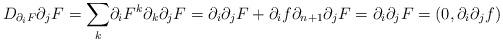
LaTeX: \begin{align*}D_{\partial_{i}F}\partial_{j}F=\underset{k}{\sum}\partial_{i}F^{k}\partial_{k}\partial_{j}F=\partial_{i}\partial_{j}F+\partial_{i}f\partial_{n+1}\partial_{j}F=\partial_{i}\partial_{j}F=(0,\partial_{i}\partial_{j}f)\end{align*}